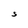
Character: S